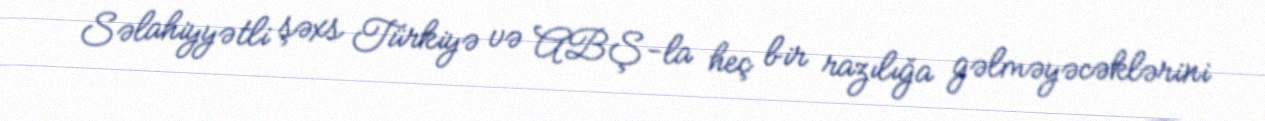
Səlahiyyətli şəxs Türkiyə və ABŞ-la heç bir razılığa gəlməyəcəklərini